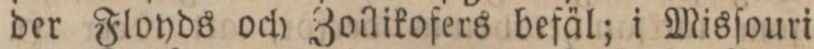
der Floyds och Zollikofers befäl; i Misſouri